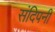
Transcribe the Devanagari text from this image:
संदिपनी